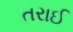
તરાઈ